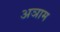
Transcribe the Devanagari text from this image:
अञाम